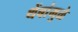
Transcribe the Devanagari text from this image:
थेंबांमुळे